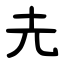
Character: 圥